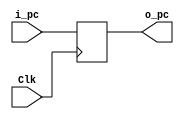
`timescale 1ns/1ps

//Generacion de puertos I/O
module PC(
	input Clk,
	input [31:0]i_pc,
	output [31:0]o_pc
);

reg [31:0]pc;

initial begin
	pc = 32'd0;
end

//Wires
//Asignaciones
assign o_pc = pc;
//Bloques always
always @(posedge Clk)
	begin
		pc <= i_pc; 
	end

endmodule